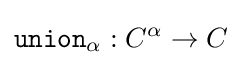
{\mathtt {union}}_{\alpha }:C^{\alpha }\to C